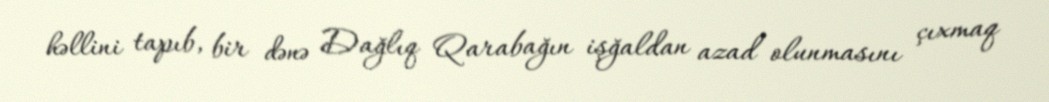
həllini tapıb, bir dənə Dağlıq Qarabağın işğaldan azad olunmasını çıxmaq